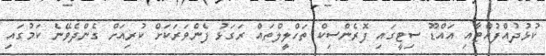
ކުޅުދުއްފުއްޓާއި އައްޑޫ ސިޓީގައި ފޮރެންސިކް ތަހްލީލްތައް ރަގަޅު ފެންވަރަކަށް ކުރިއަށް ގެންދެވޭނެ ކަމުގައި